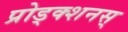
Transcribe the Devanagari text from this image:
प्रोड्क्शनस्